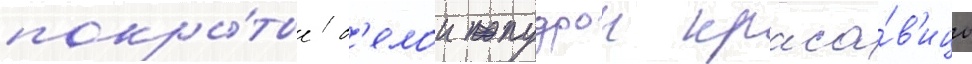
покры́тые б'елои пудрои краса́в'ицы